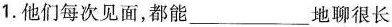
1.他们每次见面，都能___地聊很长